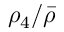
\rho _ { 4 } / \bar { \rho }